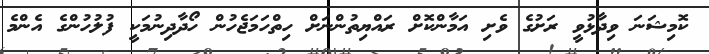
ކޮމިޝަނަ ވިދާޅުވީ ރަށުގެ ވެށި އަމާންކޮށް ރައްޔިތުންނަށް ހިތްހަމަޖެހުން ހޯދާދިނުމަކީ ފުލުހުންގެ އެންމެ